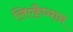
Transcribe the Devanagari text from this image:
लिएहैध्यान